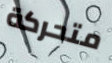
متحركة